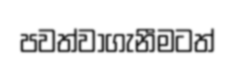
පවත්වාගැනීමටත්